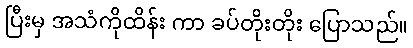
ပြီးမှ အသံကိုထိန်း ကာ ခပ်တိုးတိုး ပြောသည်။